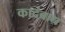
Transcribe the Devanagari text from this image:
कादंबाद्य